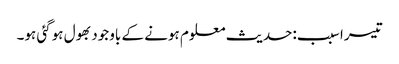
تیسرا سبب:حدیث معلوم ہونے کے باوجود بھول ہوگئی ہو۔